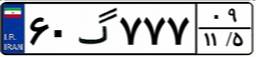
۶۰گ۷۷۷۰۹